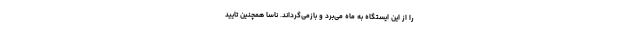
را از این ایستگاه به ماه می‌برد و بازمی‌گرداند. ناسا همچنین تایید